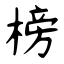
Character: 榜